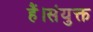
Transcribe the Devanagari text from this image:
हैं।संयुक्त